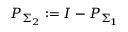
P _ { \Sigma _ { 2 } } : = I - P _ { \Sigma _ { 1 } }